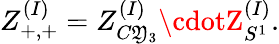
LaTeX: Z_{+,+}^{(I)}=Z_{C\mathfrak{Y}_{3}}^{(I)}\cdotZ_{S^{1}}^{(I)}.